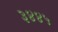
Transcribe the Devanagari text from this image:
३४४५